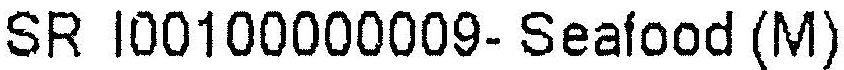
SR I00100000009- SEAFOOD (M)